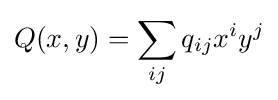
Q(x,y)=\sum _{ij}q_{ij}x^{i}y^{j}